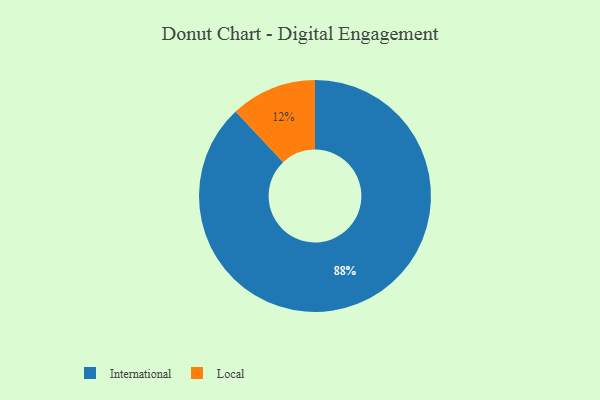
{"axis": {"x": "Category", "y": "Percentage"}, "legend": ["International", "Local"], "data": [{"x": "International", "y": 88, "type": "International"}, {"x": "Local", "y": 12, "type": "Local"}]}